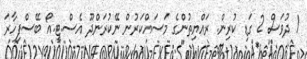
1 ދުވަސް 2 ގަޑި ކުރިން. ރައްޔިތުންގެ މަސައްކަރުން ނޭކުރަންދޫ އެސް.ޓީ.އޯ ބޭސްފިހާރަ